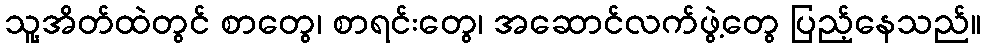
သူ့အိတ်ထဲတွင် စာတွေ၊ စာရင်းတွေ၊ အဆောင်လက်ဖွဲ့တွေ ပြည့်နေသည်။